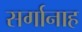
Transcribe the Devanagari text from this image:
सर्गानाह